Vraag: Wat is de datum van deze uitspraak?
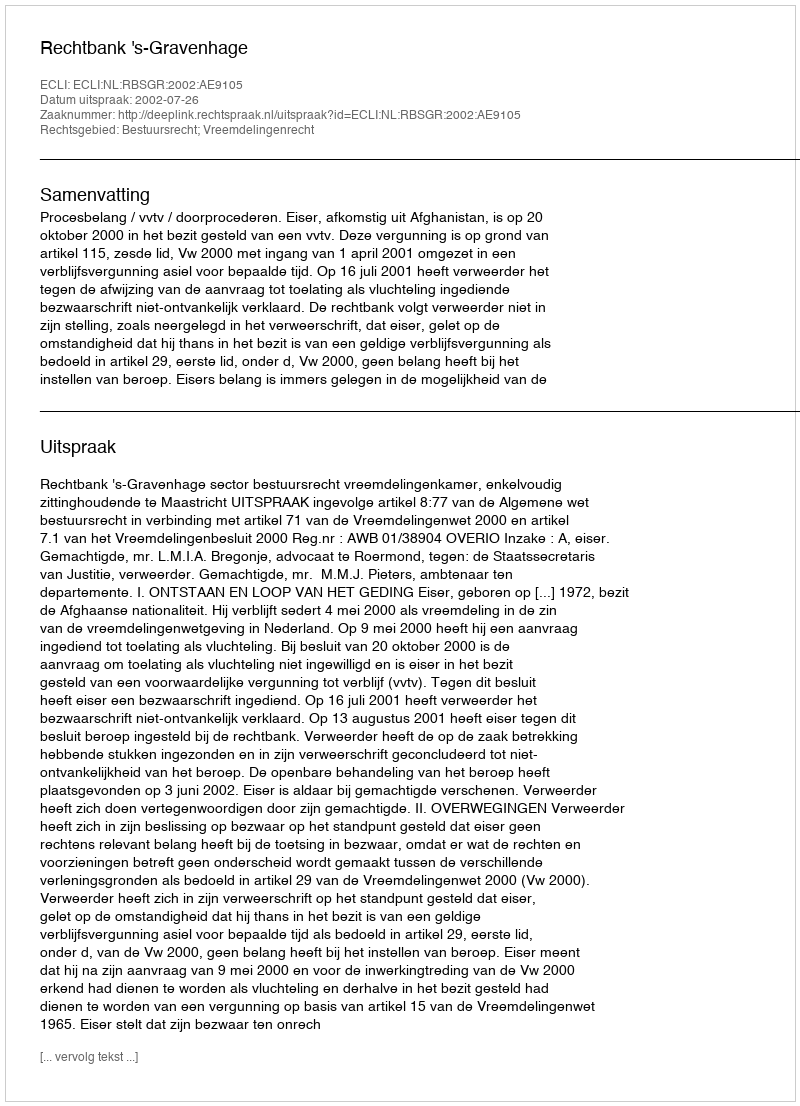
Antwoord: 2002-07-26